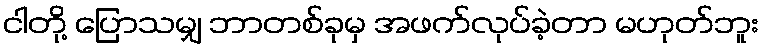
ငါတို့ ပြောသမျှ ဘာတစ်ခုမှ အဖက်လုပ်ခဲ့တာ မဟုတ်ဘူး